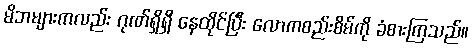
မိဘများကလည်း ဂုဏ်ရှိရှိ နေထိုင်ပြီး လောကစည်းစိမ်ကို ခံစားကြသည်။